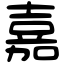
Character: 嘉